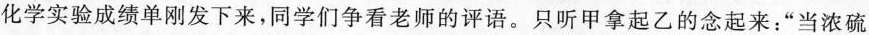
化学实验成绩单刚发下来，同学们争看老师的评语。只听甲拿起乙的念起来：”当浓硫